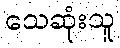
သေဆုံးသူ